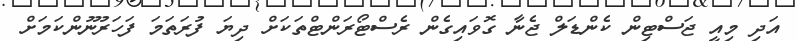
އަދި މިއީ ޖަސްޓިން ކެންޑަލް ޖެނާ ގޮވައިގެން ރެސްޓޯރަންޓްތަކަށް ދިޔަ ފުރަތަމަ ފަހަރުނޫންކަމަށް